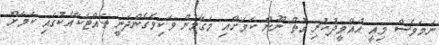
ނަމަވެސް މިއީ އުއްމީދުކުރި ގޮތް ނޫން ކަމަށާއި މަގާމުން ވަކިވެގެންދަނީ ތައްޓަކާއެކުގައި ކަމަށް